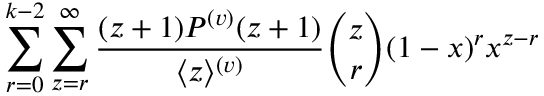
\sum _ { r = 0 } ^ { k - 2 } \sum _ { z = r } ^ { \infty } \frac { ( z + 1 ) P ^ { ( v ) } ( z + 1 ) } { \langle z \rangle ^ { ( v ) } } \binom { z } { r } ( 1 - x ) ^ { r } x ^ { z - r }